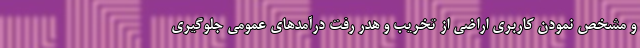
و مشخص نمودن کاربری اراضی از تخریب و هدر رفت درآمدهای عمومی جلوگیری